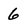
Character: 6